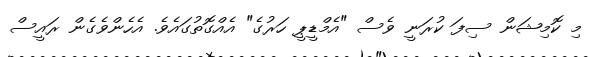
މި ކޮމިޝަން ސިފަ ކުރަނީ ވެސް "އެމްޑީޕީ ހަރުގެ" އެއްގޮތުގައެވެ. އެހެންވެގެން ރައީސް